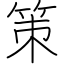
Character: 策